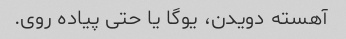
آهسته دویدن، یوگا یا حتی پیاده روی.